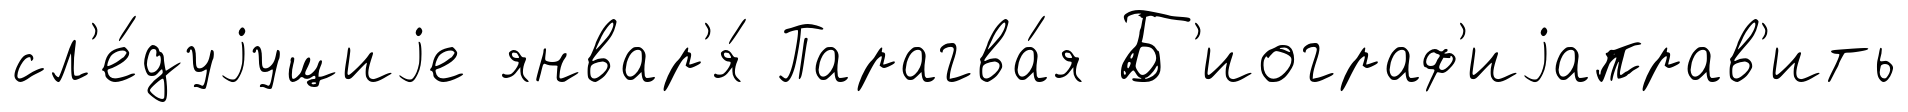
сл'е́дуjущиjе январ'я́ Парагва́я Б'иограф'иjаправ'ить